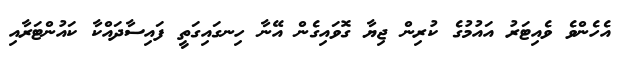
އެހެންވެ ވެއިޓަރު އައުމުގެ ކުރިން ޖިޔާ ގޮވައިގެން އޭނާ ހިނގައިގަތީ ފައިސާދައްކާ ކައުންޓަރާއި